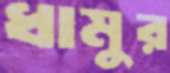
ধামুর